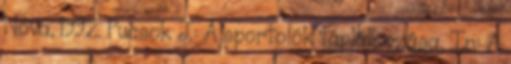
Nova, 1992. Pucsok J.: A sportolók táplálkozása, In: A